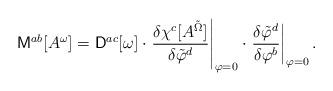
LaTeX: \begin{align*}{\sf M}^{ab}[A^\omega] = {\sf D}^{ac}[\omega] \cdot\left.\frac{\delta\chi^c[A^{\tilde{\Omega}}]}{\delta \tilde{\varphi}^d}\right|_{\varphi=0}\cdot\left.\frac{\delta\tilde{\varphi}^d}{\delta\varphi^b}\right|_{\varphi=0}.\end{align*}